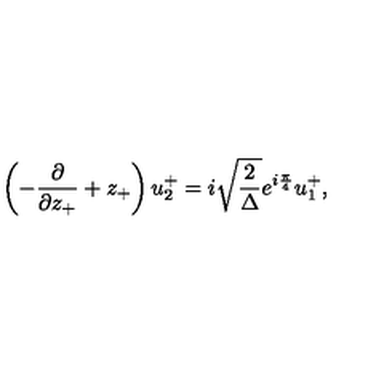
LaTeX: \left( - \frac { \partial } { { \partial } z _ { + } } + z _ { + } \right) u _ { 2 } ^ { + } = i \sqrt { \frac { 2 } { \Delta } } e ^ { i \frac { \pi } { 4 } } u _ { 1 } ^ { + } ,